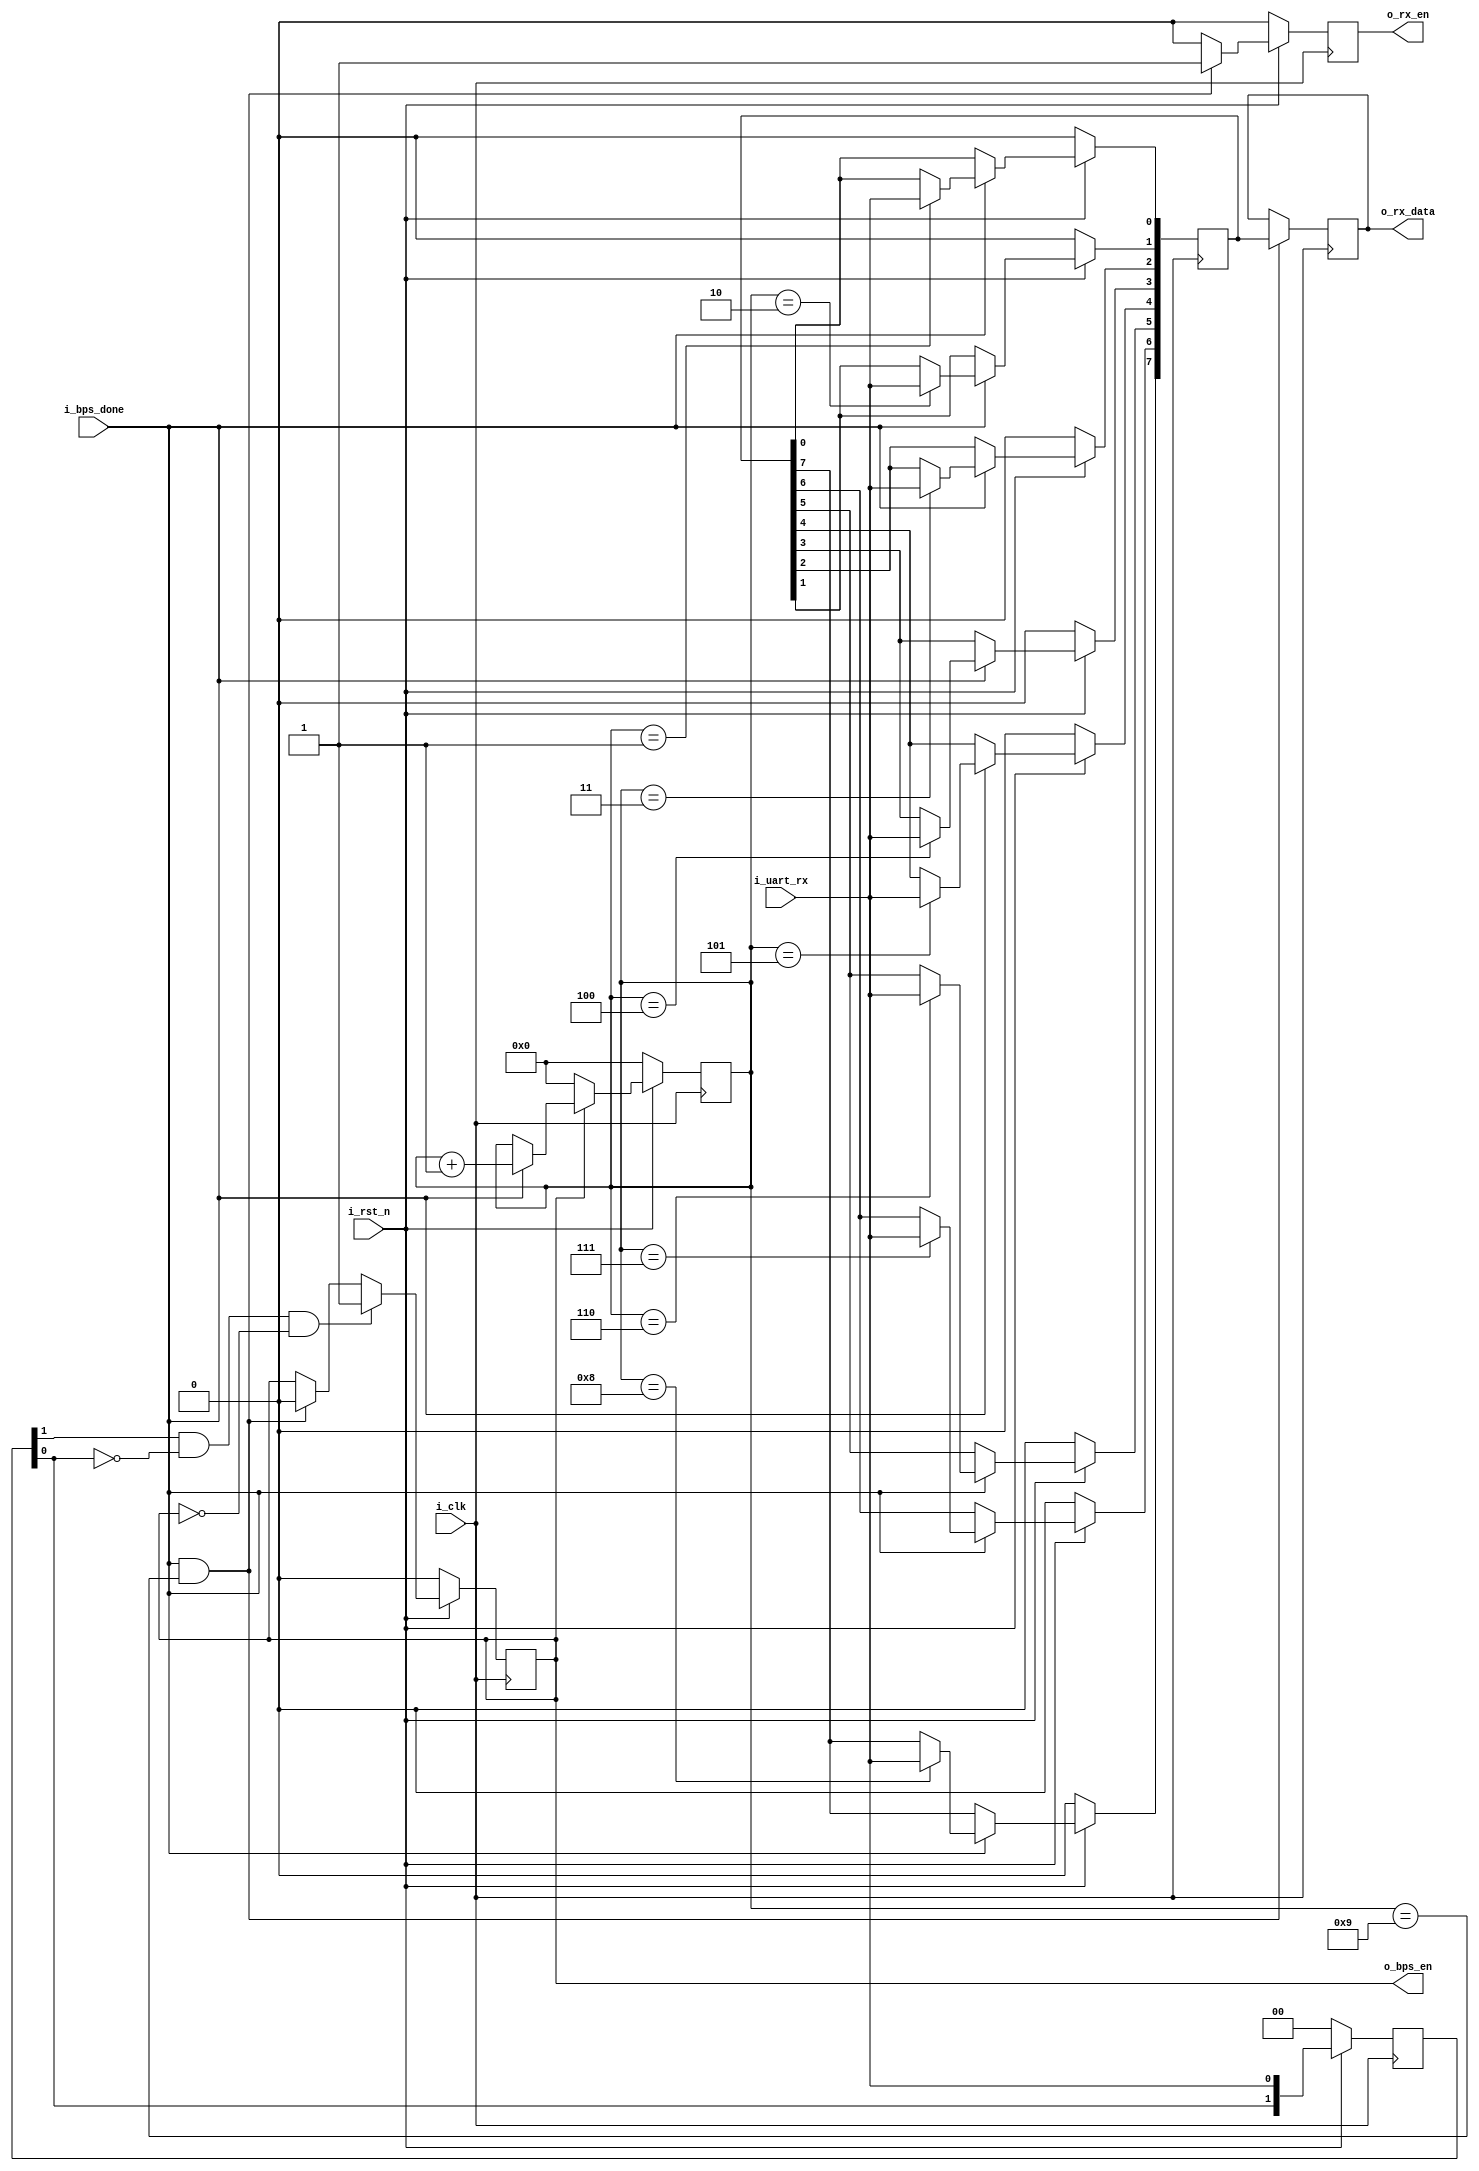
`timescale 1ns/1ps

module m_s2p(
	input				i_clk			,
	input				i_rst_n			,
	input				i_uart_rx		,
	input				i_bps_done		,	
	output reg			o_bps_en,
	output reg			o_rx_en,
	output reg	[7:0] 	o_rx_data
    );

reg		[1:0]			r_uart_rx		;
wire 					neg_uart_rx		;
reg		[3:0]			r_bit_cnt		;
reg		[7:0]			r_rx_data		;

////////////////////////////////////////////
//i_uart_rx

always @(posedge i_clk)
	if(!i_rst_n) r_uart_rx <= 'b0;
	else r_uart_rx <= {r_uart_rx[0],i_uart_rx};

assign neg_uart_rx = r_uart_rx[1] & ~r_uart_rx[0];

////////////////////////////////////////////
//o_bps_done

always @(posedge i_clk)
	if(!i_rst_n) o_bps_en <= 'b0;
	else if(neg_uart_rx && !o_bps_en) o_bps_en <= 'b1;
	else if(i_bps_done && (r_bit_cnt == 4'd9)) o_bps_en <= 'b0;
	else ;
	
////////////////////////////////////////////
//i_uart_rx

always @(posedge i_clk)
	if(!i_rst_n) r_bit_cnt <= 'b0;
	else if(!o_bps_en) r_bit_cnt <= 'b0;
	else if(i_bps_done) r_bit_cnt <= r_bit_cnt+1;
	else ;
	
////////////////////////////////////////////
//i_uart_rx

always @(posedge i_clk)
	if(!i_rst_n) r_rx_data <= 'b0;
	else if(i_bps_done) begin
		case(r_bit_cnt)
			4'd1: r_rx_data[0] <= i_uart_rx;
			4'd2: r_rx_data[1] <= i_uart_rx;
			4'd3: r_rx_data[2] <= i_uart_rx;
			4'd4: r_rx_data[3] <= i_uart_rx;
			4'd5: r_rx_data[4] <= i_uart_rx;
			4'd6: r_rx_data[5] <= i_uart_rx;
			4'd7: r_rx_data[6] <= i_uart_rx;
			4'd8: r_rx_data[7] <= i_uart_rx;
			default: ;
		endcase
	end
	else ;
	
////////////////////////////////////////////
//

always @(posedge i_clk)
	if(!i_rst_n) o_rx_en <= 'b0;
	else if(i_bps_done && (r_bit_cnt == 4'd9)) o_rx_en <= 'b1;
	else o_rx_en <= 'b0;
	
always @(posedge i_clk)
	if(i_bps_done && (r_bit_cnt == 4'd9)) o_rx_data <= r_rx_data;
	else ;	

endmodule